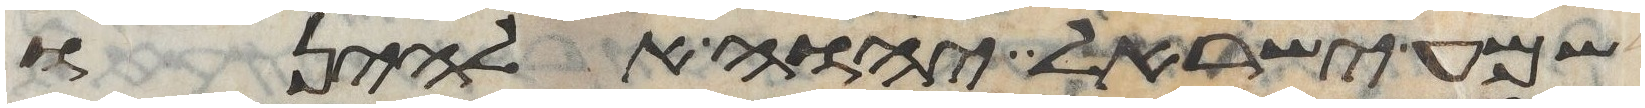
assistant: שמע ישראל יהוה אלהינו